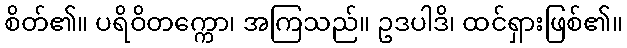
စိတ်၏။ ပရိဝိတက္ကော၊ အကြသည်။ ဥဒပါဒိ၊ ထင်ရှားဖြစ်၏။